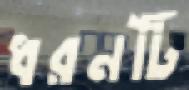
ধরনটি